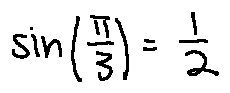
\sin ( \frac { \pi } { 3 } ) = \frac { 1 } { 2 }